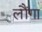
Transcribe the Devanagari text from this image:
लौंगा